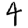
Digit: 4